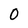
Character: 0